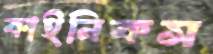
কাইনিকস